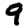
Digit: 9